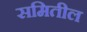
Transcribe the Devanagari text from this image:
समितील